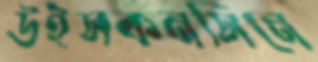
উইসকনসিনে